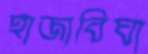
হাজাবিঘা